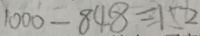
1 0 0 0 - 8 4 8 = 1 5 2